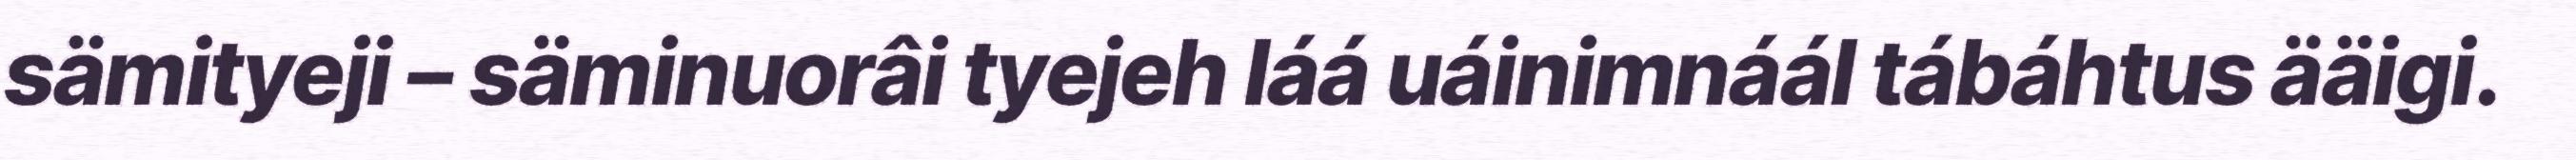
sämityeji – säminuorâi tyejeh láá uáinimnáál tábáhtus ääigi.